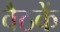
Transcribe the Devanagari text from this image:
वैठकें